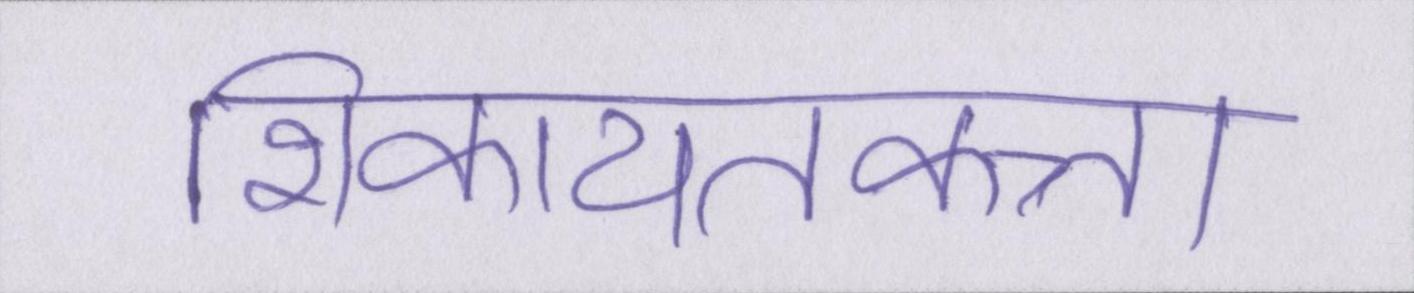
शिकायतकत्र्ता